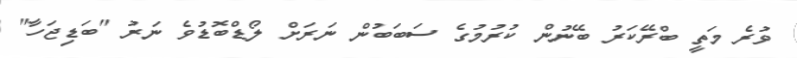
ވުރެ މަތީ ބްރޭކަރު ބޭނުން ކުރުމުގެ ސަބަބުން ނަރަށް ލޯޑްބޮޑުވެ ނަރު "ބަޑިޖަހާ"